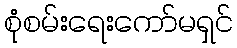
စုံစမ်းရေးကော်မရှင်